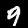
Digit: 9